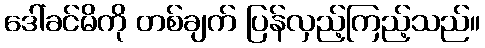
ဒေါ်ခင်မိကို တစ်ချက် ပြန်လှည့်ကြည့်သည်။